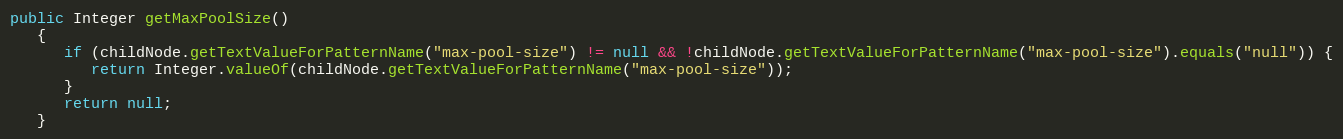
Language: Java
public Integer getMaxPoolSize()
   {
      if (childNode.getTextValueForPatternName("max-pool-size") != null && !childNode.getTextValueForPatternName("max-pool-size").equals("null")) {
         return Integer.valueOf(childNode.getTextValueForPatternName("max-pool-size"));
      }
      return null;
   }